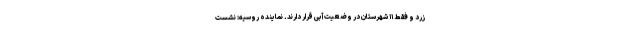
زرد و فقط ۱۱ شهرستان در وضعیت آبی قرار دارند. نماینده روسیه: نشست